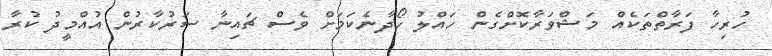
ހުރިހާ ފަރާތްތަކެއް މަޝްވަރާކޮށްގެން ހައްލު ހޯދާނެކަމަށް ވެސް ޗައިނާ ސަރުކާރުން އުއްމީދު ކުރާ